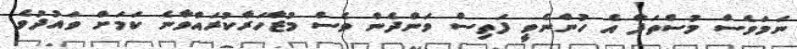
ނަމަވެސް މުސްތަފާ އެ ހުންނެވީ ފަތިސް ވަންދެން ވެސް މުޒާހަރާކުރައްވާނެ ކަމަށް ވައުދުވެ